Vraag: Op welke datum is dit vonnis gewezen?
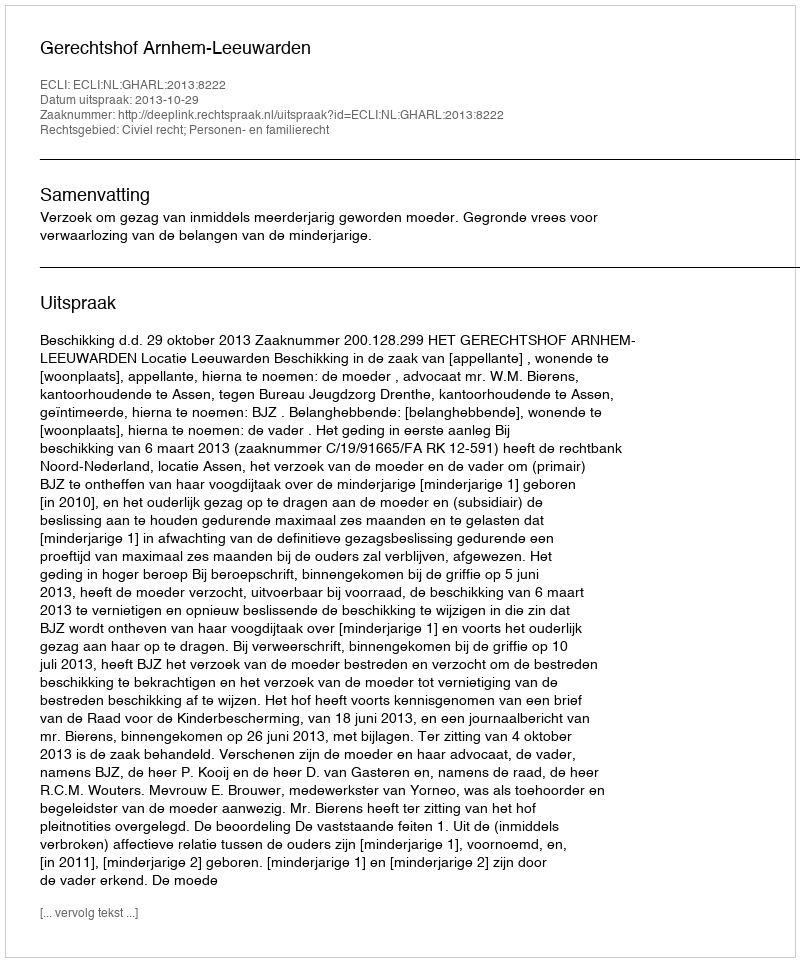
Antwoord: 2013-10-29